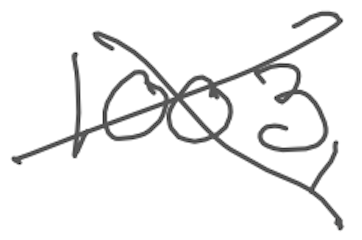
Text: 1003,
Cross-out: cross
Writing tool: digital_gray